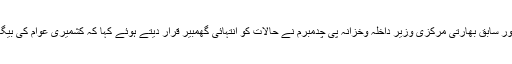
چنانچہ شاید ایسے حالات کو ہی محسوس کر کے بھارتی کانگریس کے سینئر لیڈر اور سابق بھارتی مرکزی وزیر داخلہ وخزانہ پی چدمبرم نے حالات کو انتہائی گھمبیر قرار دیتے ہوئے کہا کہ کشمیری عوام کی بیگانگی تقریباً مکمل ہو چکی ہے، ہم کشمیر کو کھودینے کے دہانے پر پہنچ چکے ہیں۔